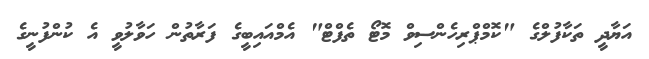
އަޔާދީ ތަކާފުލްގެ "ކޮމްޕްރިހެންސިވް މޮޓޯ ތެފްޓް" އެމްއައިބީގެ ފަރާތުން ހަވާލުވީ އެ ކުންފުނީގެ